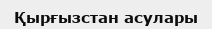
Қырғызстан асулары